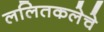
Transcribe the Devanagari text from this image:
ललितकलेचे